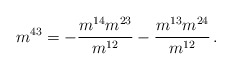
\begin{align*}m^{43}=-\frac{m^{14}m^{23}}{m^{12}}-\frac{m^{13}m^{24}}{m^{12}}\, .\end{align*}